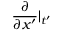
\frac { \partial } { \partial x ^ { \prime } } | _ { t ^ { \prime } }